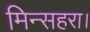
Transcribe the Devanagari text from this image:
मिन्सहरा।